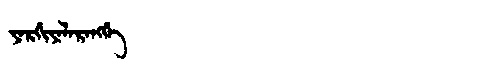
Manchu: ᠶᠠᡵᡤᡳᠶᠠᠯᠠᡵᠠᠩᡤᡝ
Romanization: YARGIYALARANGGE